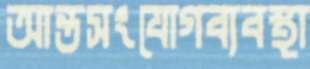
আন্তসংযোগব্যবস্থা